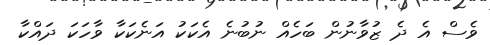
ވެސް އެ ދެ ޒުވާނުން ބަހެއް ނުބުނެ އެކަކު އަނެކަކާ ވާހަކަ ދައްކާ